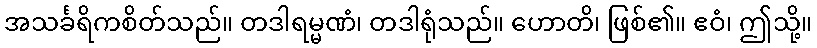
အသင်္ခရိကစိတ်သည်။ တဒါရမ္မဏံ၊ တဒါရုံသည်။ ဟောတိ၊ ဖြစ်၏။ ဧဝံ၊ ဤသို့။